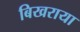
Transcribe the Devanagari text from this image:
बिखराया